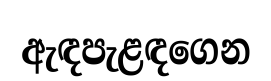
ඇඳපැළඳගෙන